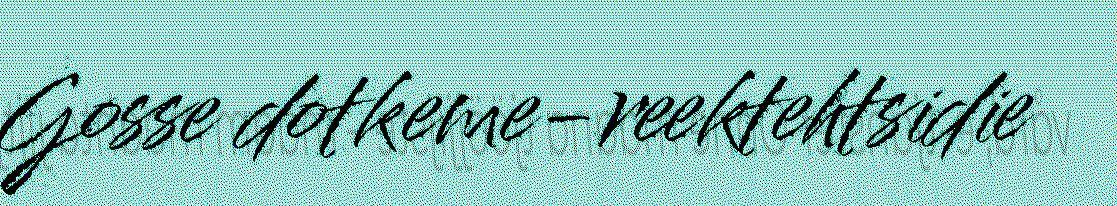
Gosse dotkeme-reektehtsidie